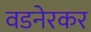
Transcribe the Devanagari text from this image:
वडनेरकर